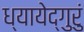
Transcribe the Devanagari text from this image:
ध्यायेद्गुरुं